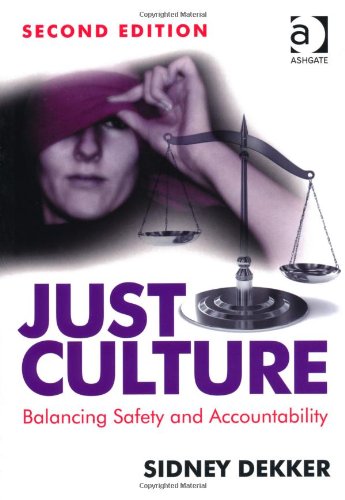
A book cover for Just Culture: Balancing Safety and Accountability; Sidney Dekker; Medical Books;